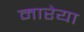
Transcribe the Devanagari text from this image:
मारेया